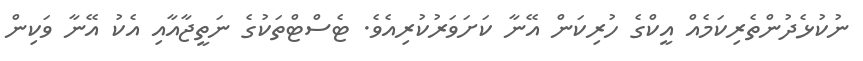
ނުކުޅެދުންތެރިކަމެއް އީކްގެ ހުރިކަން އޭނާ ކަށަވަރުކުރިއެވެ. ޓެސްޓްތަކުގެ ނަތީޖާއާއި އެކު އޭނާ ވަކިން